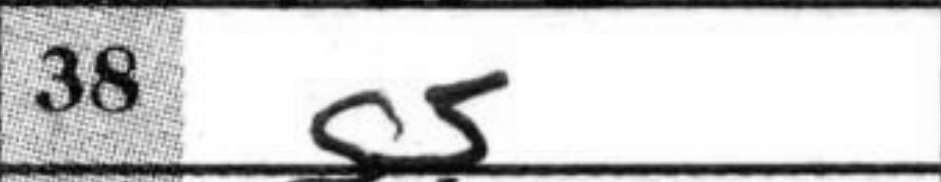
Transcription: g5